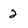
Character: 2